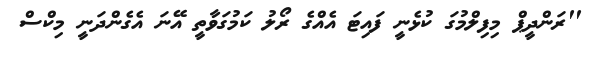
''ރަންދީޕް މިފިލްމުގަ ކުޅެނީ ފައިޓަ އެއްގެ ރޯލު ކަމުގަވާތީ އޭނަ އެގެންދަނީ މިކްސް